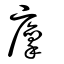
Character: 廩